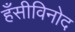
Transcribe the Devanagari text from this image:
हँसीविनोद